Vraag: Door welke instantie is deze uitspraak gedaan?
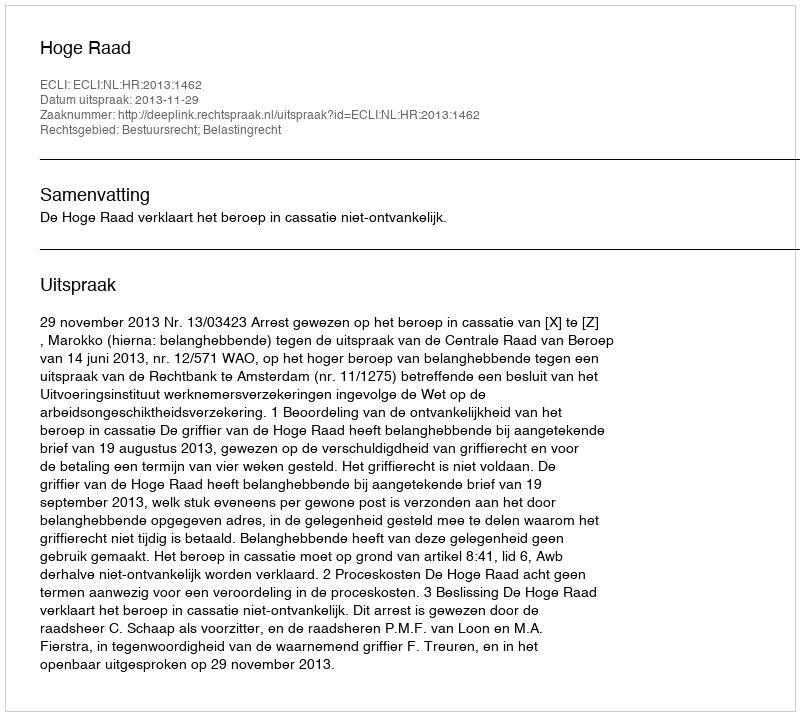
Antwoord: Hoge Raad